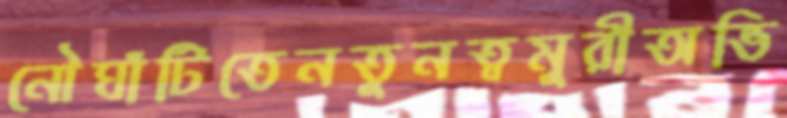
নৌঘাঁটিতেনতুনত্বমুরীঅভি